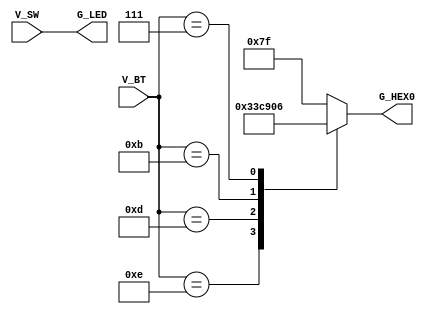
module leds_mirror(V_SW, V_BT, G_LED, G_HEX0);
input [0:9] V_SW;
input [3:0] V_BT;
output [0:9] G_LED;
output [0:6] G_HEX0;
reg  [0:9] G_LED;
reg  [0:6] G_HEX0;
always @ (*)
begin
    G_LED <= V_SW;
    case( V_BT )
        4'B1110: G_HEX0 = 7'B0000001;
        4'B1101: G_HEX0 = 7'B1001111;
        4'B1011: G_HEX0 = 7'B0010010;
        4'B0111: G_HEX0 = 7'B0000110;
        default: G_HEX0 = 7'B1111111;
    endcase
end
endmodule